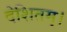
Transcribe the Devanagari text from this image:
देशितम्।